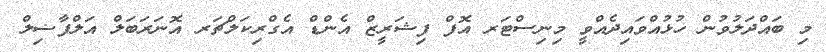
މި ބައްދަލުވުން ހުޅުއްވައިދެއްވީ މިނިސްޓަރ އޮފް ފިޝަރީޒް އެންޑް އެގްރިކަލްޗަރ އޮނަރަބަލް އަލްފާޟިލް